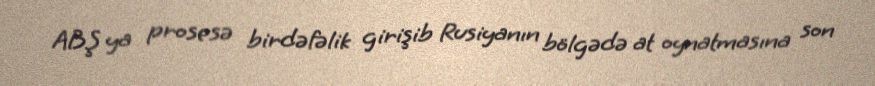
ABŞ ya prosesə birdəfəlik girişib Rusiyanın bölgədə at oynatmasına son